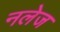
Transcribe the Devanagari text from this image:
नलेज